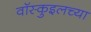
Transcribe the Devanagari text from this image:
वॉस्कुइलच्या